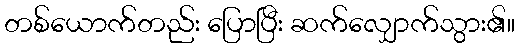
တစ်ယောက်တည်း ပြောပြီး ဆက်လျှောက်သွား၏။